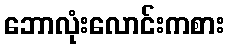
ဘောလုံးလောင်းကစား